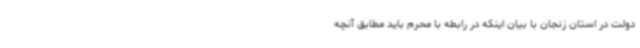
دولت در استان زنجان با بیان اینکه در رابطه با محرم باید مطابق آنچه